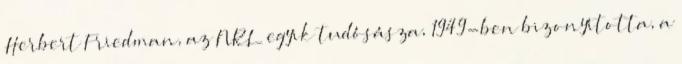
Herbert Friedman, az NRL egyik tudósásza, 1949-ben bizonyította, a